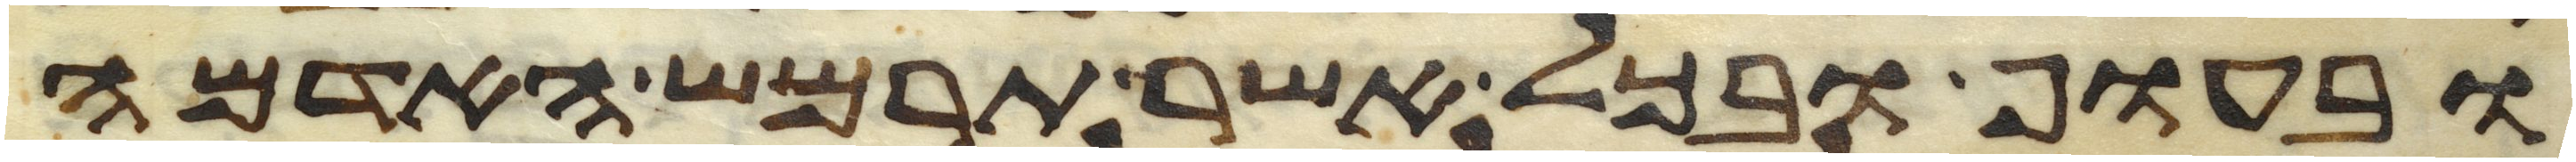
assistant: ובעוף ובכל אשר תרמש האדמה